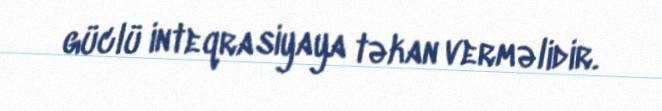
güclü inteqrasiyaya təkan verməlidir.